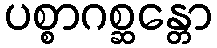
ပစ္စာဂစ္ဆန္တော